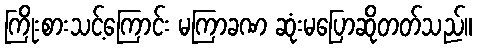
ကြိုးစားသင့်ကြောင်း မကြာခဏ ဆုံးမပြောဆိုတတ်သည်။